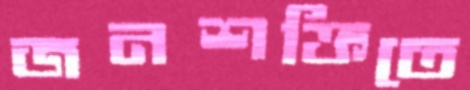
জনশক্তিতে